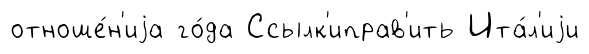
отноше́н'иjа го́да Ссылк'иправ'ить Ита́л'иjи